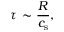
\tau \, \sim { \frac { R } { c _ { \mathrm { s } } } } ,